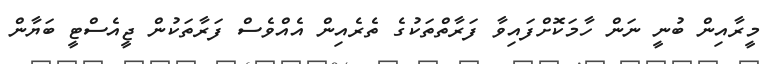
މީރާއިން ބުނީ ނަން ހާމަކޮށްފައިވާ ފަރާތްތަކުގެ ތެރެއިން އެއްވެސް ފަރާތަކުން ޖީއެސްޓީ ބަޔާން